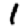
Digit: 1